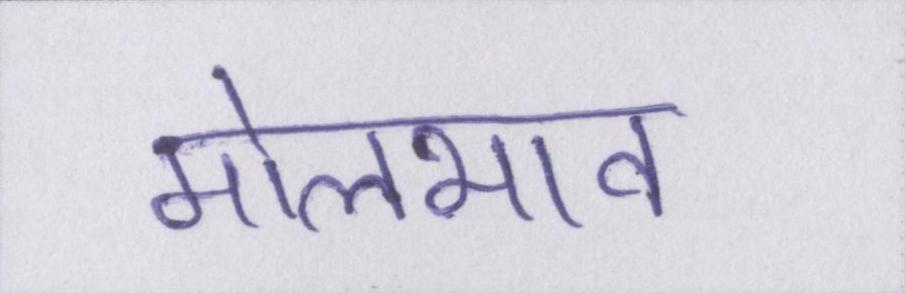
मोलभाव